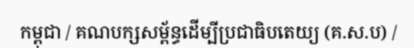
កម្ពុជា / គណបក្សសម្ព័ន្ធដើម្បីប្រជាធិបតេយ្យ (គ.ស.ប) /